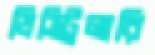
ডিস্ট্রিলারি